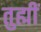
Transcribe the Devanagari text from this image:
तुह्मीं